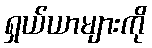
ရှယ်ယာများကို